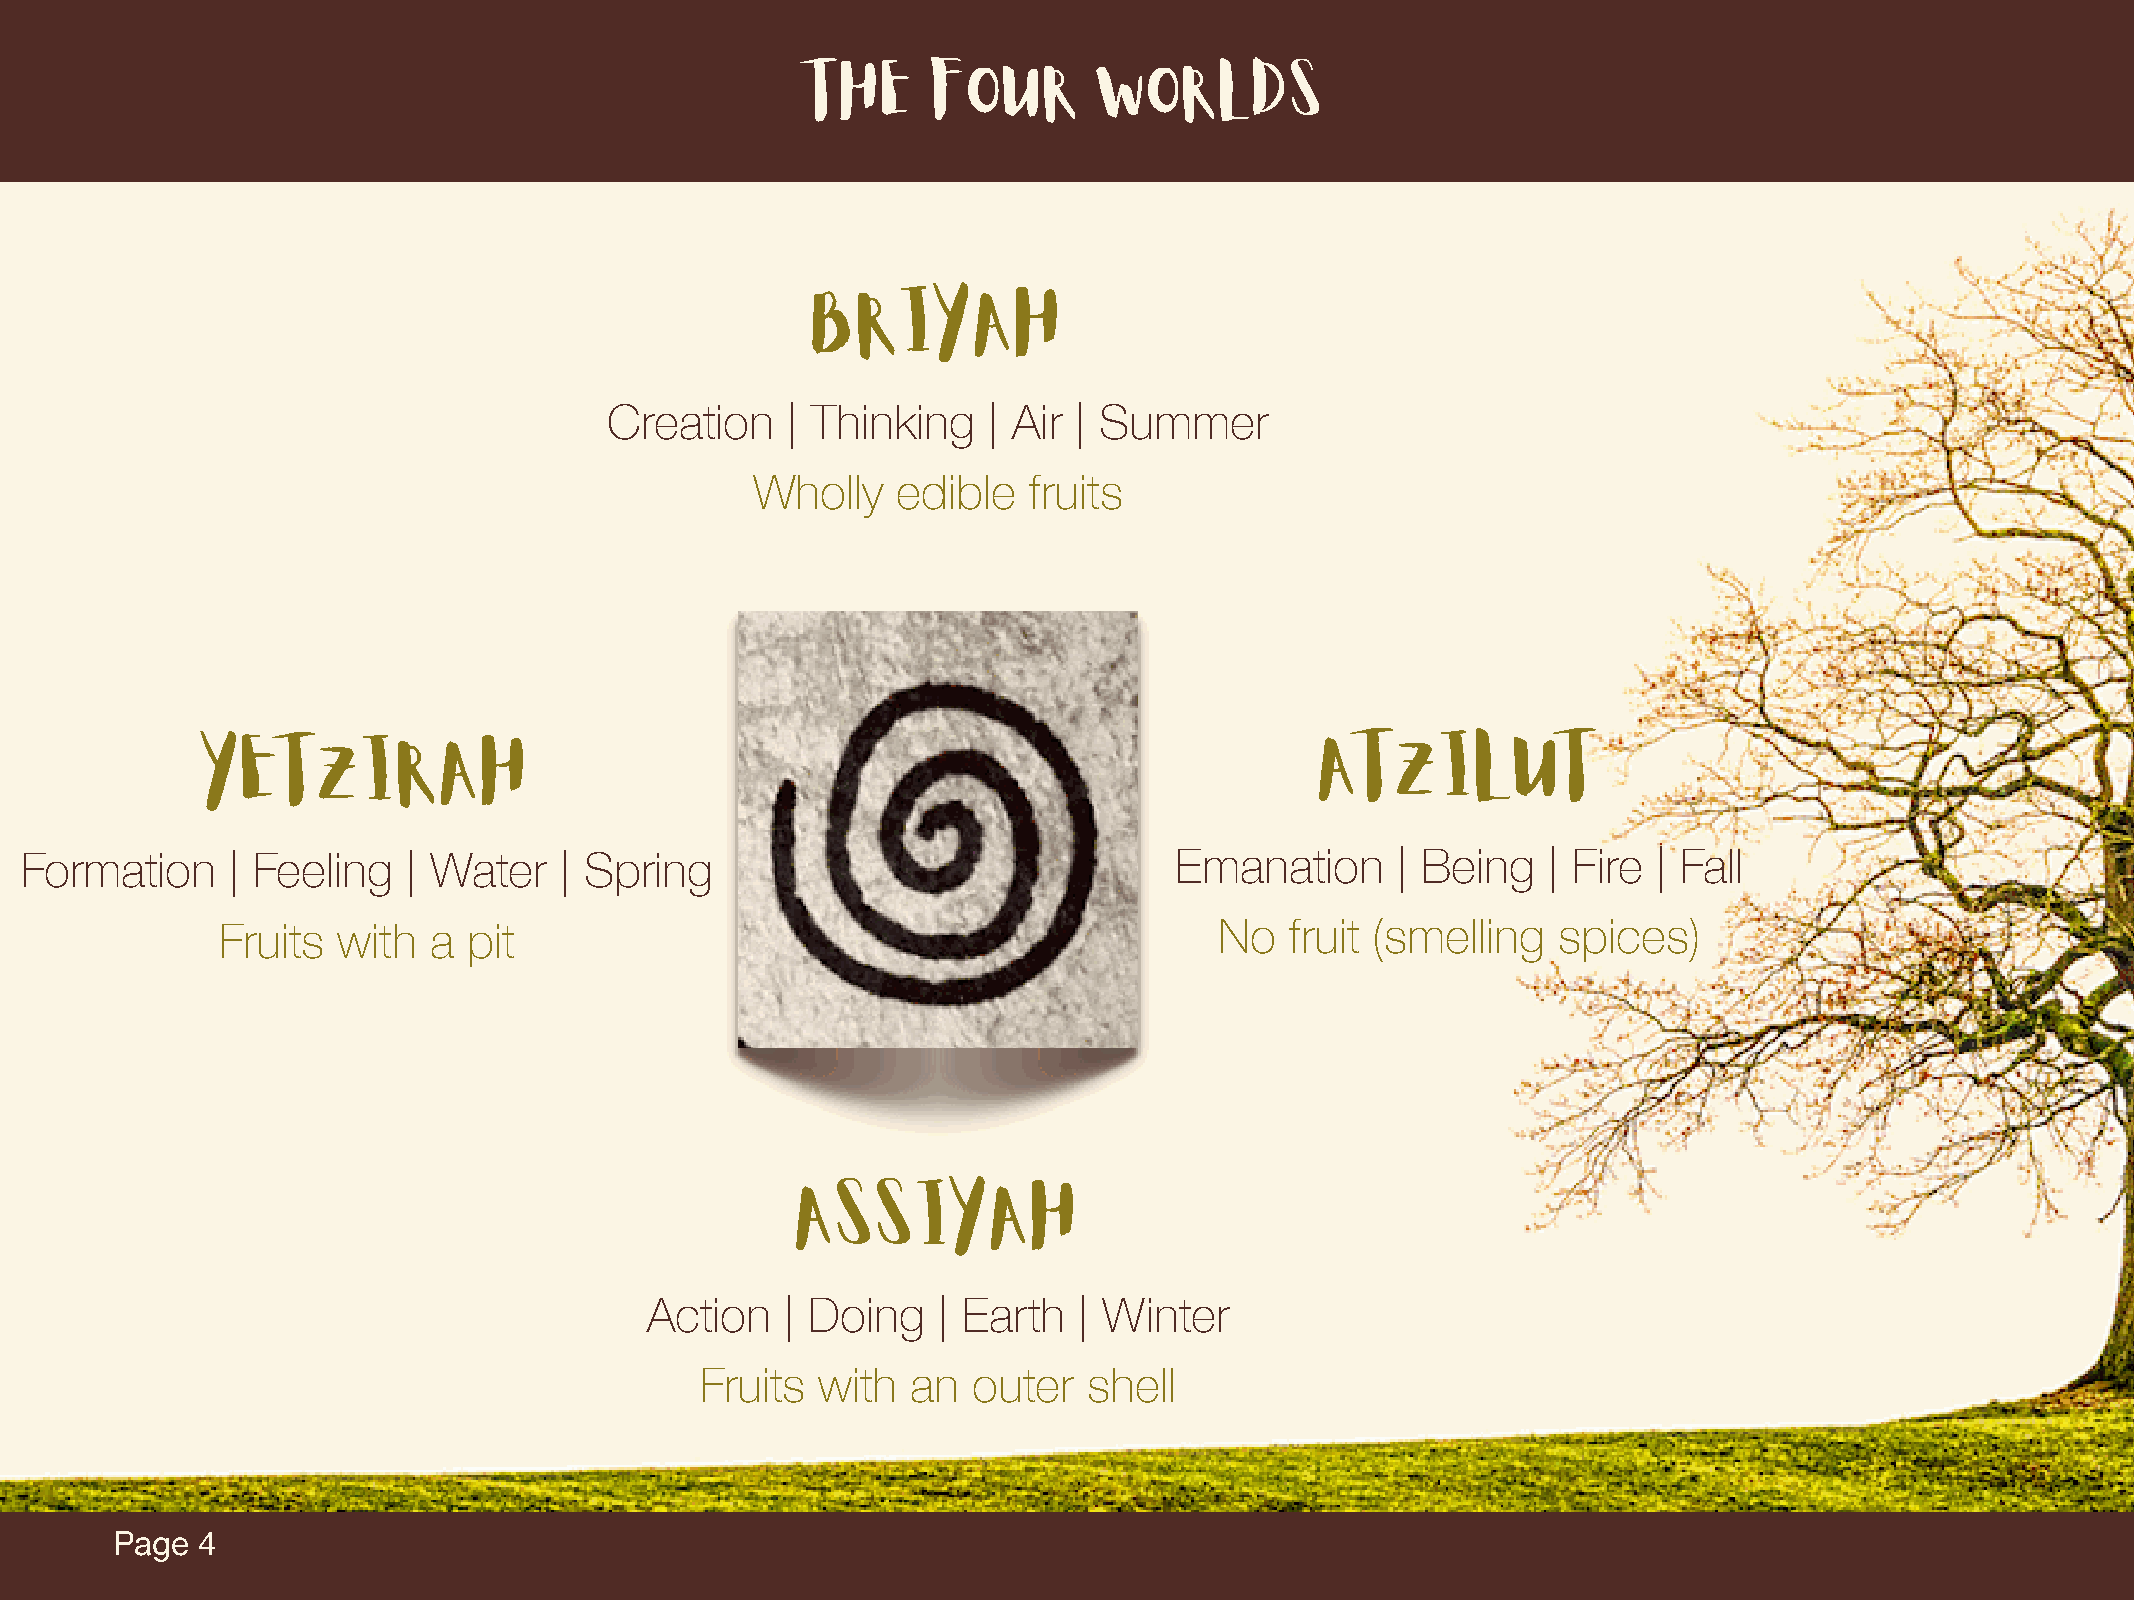
The     four       worlds
 Briyah
 Creation    | Thinking   | Air | Summer
 Wholly   edible   fruits
 Yetzirah                                                                  Atzilut
 Formation     | Feeling   | Water   | Spring                                 Emanation     | Being   | Fire  | Fall
 Fruits with  a  pit                                               No  fruit (smelling   spices)
 Assiyah
 Action   | Doing   | Earth  | Winter
 Fruits  with  an  outer   shell
 Page  4